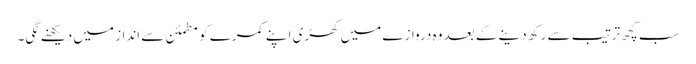
سب کچھ ترتیب سے رکھ دینے کے بعد وہ دروازے میں کھڑی اپنے کمرے کو مطمئن سے انداز میں دیکھنے لگی۔